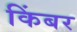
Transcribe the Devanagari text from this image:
किंबर